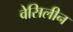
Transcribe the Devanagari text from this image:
वेसिलीन